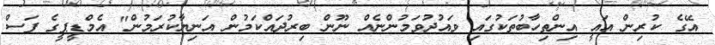
އޭގެ ކުރިން އައީ އިންތިހާބުތަކުގައި ވައުދުވަމުންނެއް ނޫން ބިރުދައްކަމުން އަނިޔާކުރަމުން" އެމްޑީޕީގެ ފަސް